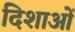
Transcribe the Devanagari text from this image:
दिशाआें